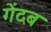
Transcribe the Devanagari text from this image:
गेंदब